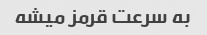
به سرعت قرمز میشه